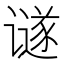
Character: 𲂖